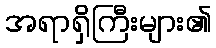
အရာရှိကြီးများ၏